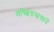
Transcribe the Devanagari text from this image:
मच्छिंद्रनाथानेेंे